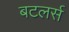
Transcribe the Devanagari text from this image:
बटलर्स